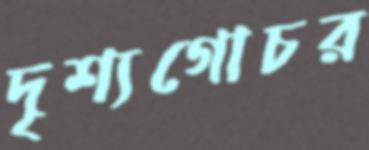
দৃশ্যগোচর